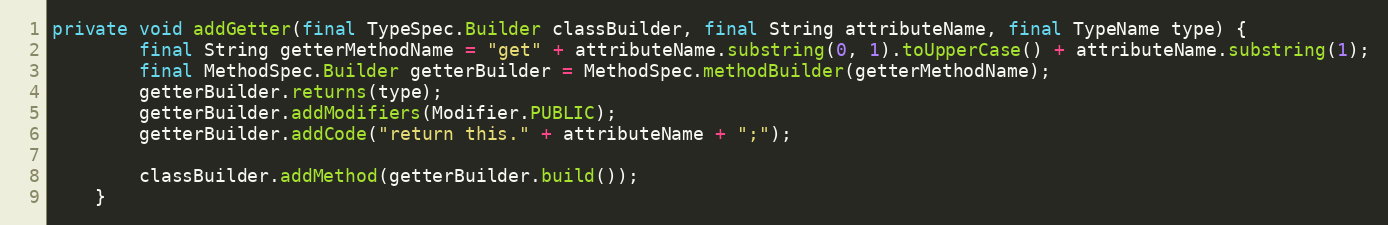
Language: Java
private void addGetter(final TypeSpec.Builder classBuilder, final String attributeName, final TypeName type) {
        final String getterMethodName = "get" + attributeName.substring(0, 1).toUpperCase() + attributeName.substring(1);
        final MethodSpec.Builder getterBuilder = MethodSpec.methodBuilder(getterMethodName);
        getterBuilder.returns(type);
        getterBuilder.addModifiers(Modifier.PUBLIC);
        getterBuilder.addCode("return this." + attributeName + ";");

        classBuilder.addMethod(getterBuilder.build());
    }